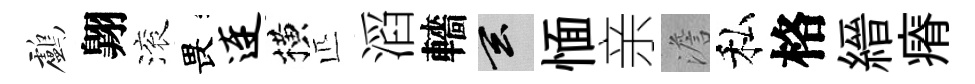
鸕翺滚畏连横匹滔轖玄愐亲澹私格縉瘠